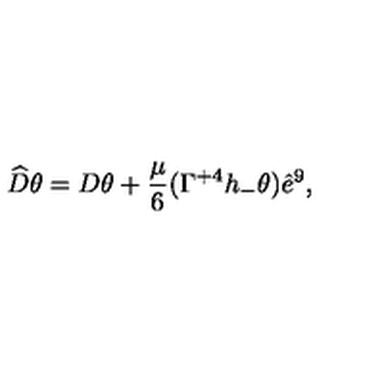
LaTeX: \widehat { D } \theta = D \theta + \frac { \mu } { 6 } ( \Gamma ^ { + 4 } h _ { - } \theta ) \hat { e } ^ { 9 } ,